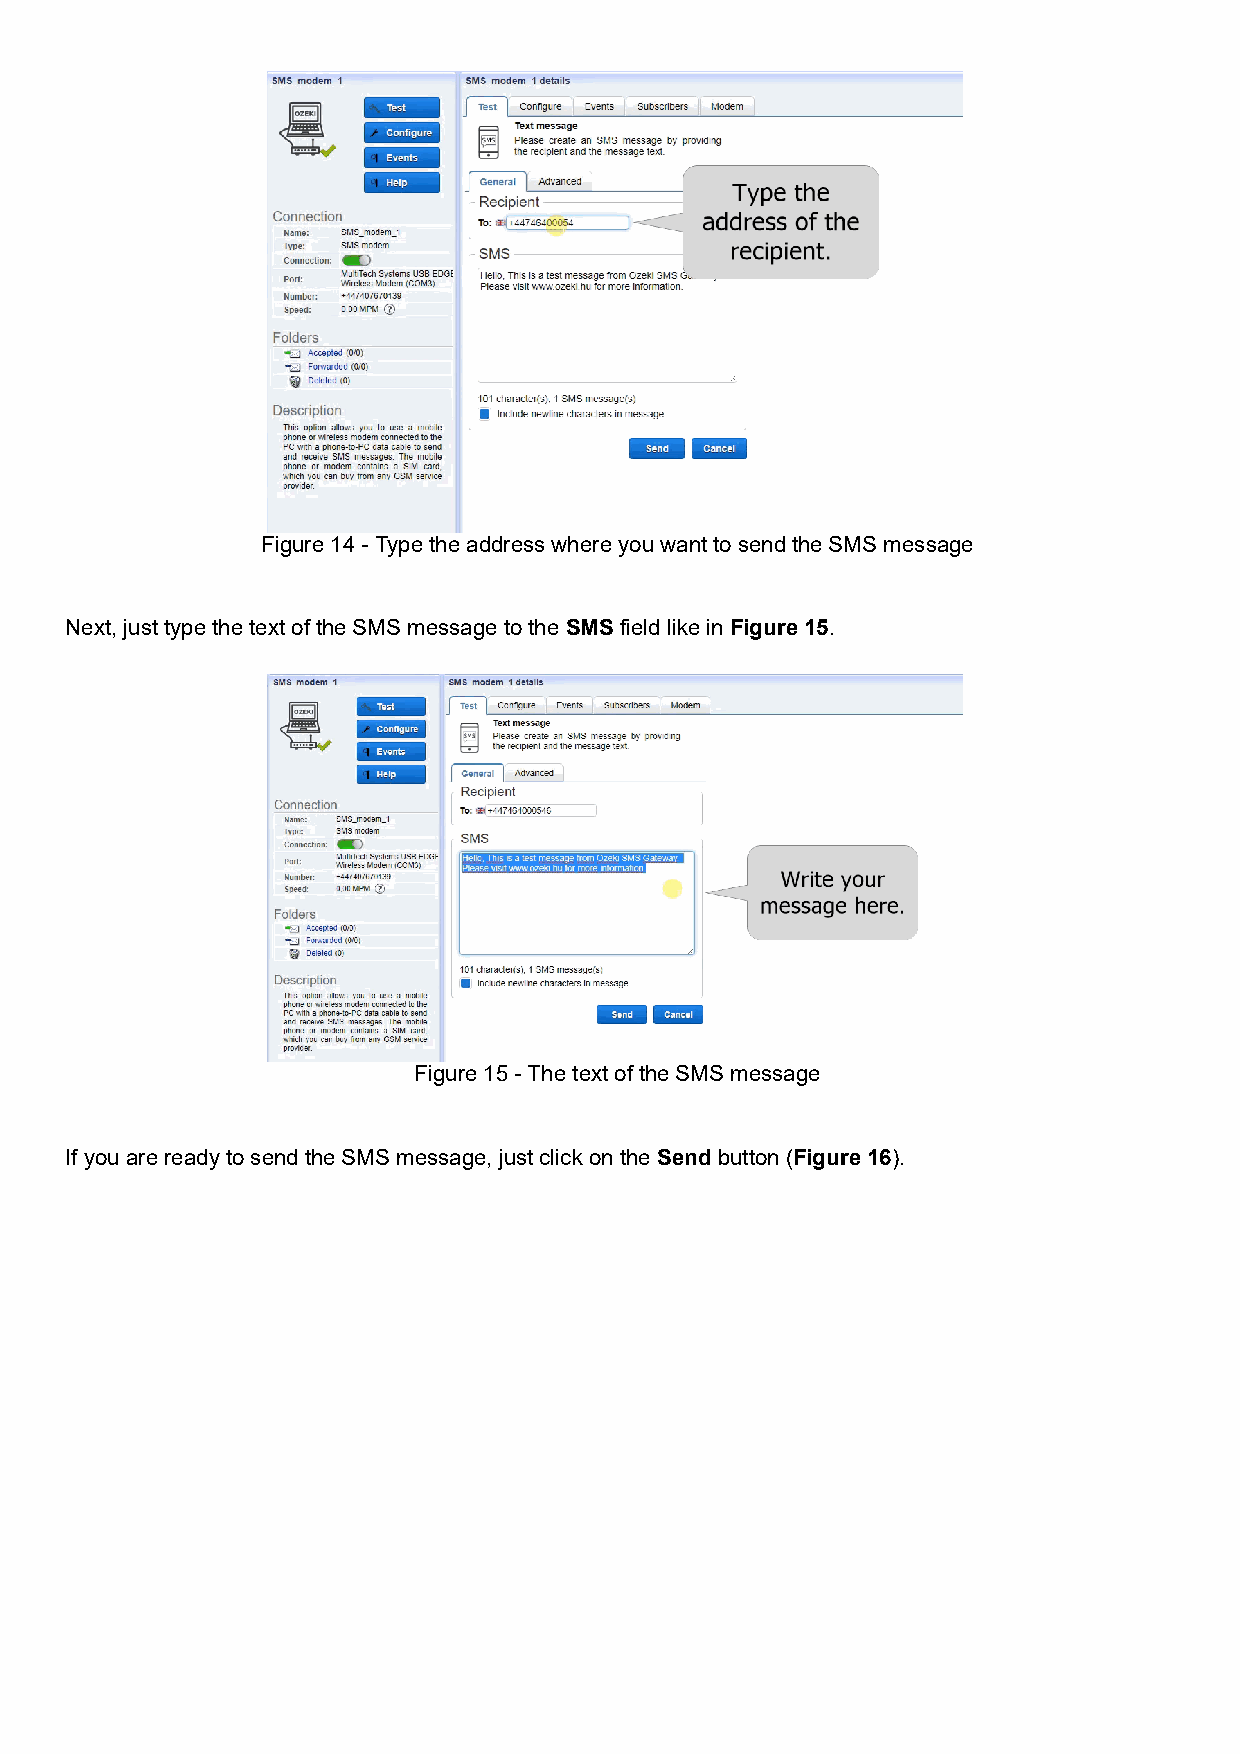
Figure 14 - Type the address where you want to send the SMS message
 Next, just type the text of the SMS message to the SMS field like in Figure 15.
 Figure 15 - The text of the SMS message
 If you are ready to send the SMS message, just click on the Send button (Figure 16).